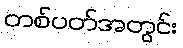
တစ်ပတ်အတွင်း